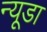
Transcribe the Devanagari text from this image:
न्यूडा